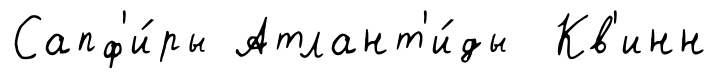
Сапф'и́ры Атлант'и́ды Кв'инн